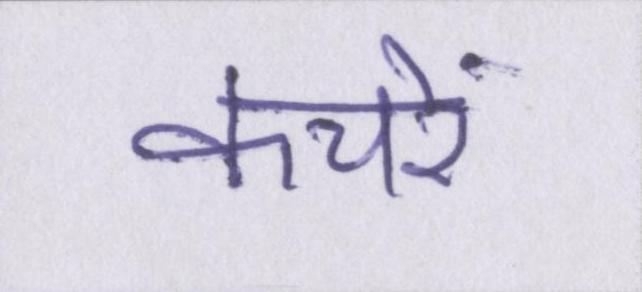
कचरे